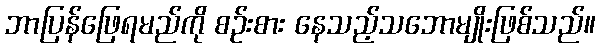
ဘာပြန်ဖြေရမည်ကို စဉ်းစား နေသည့်သဘောမျိုးဖြစ်သည်။